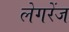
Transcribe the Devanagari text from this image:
लेगरेंज